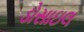
ડોસાઇલ